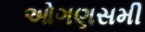
ઓગણસમી